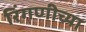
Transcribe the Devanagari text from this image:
रिंगणीच्या